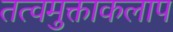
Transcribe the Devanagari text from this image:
तत्वमुक्ताकलाप